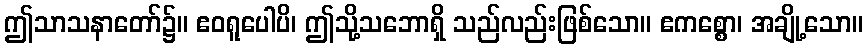
ဤသာသနာတော်၌။ ဧဝရူပေါပိ၊ ဤသို့သဘောရှိ သည်လည်းဖြစ်သော။ ဧကစ္စော၊ အချို့သော။